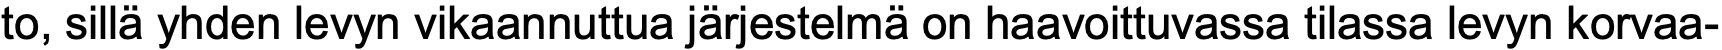
to, sillä yhden levyn vikaannuttua järjestelmä on haavoittuvassa tilassa levyn korvaa-